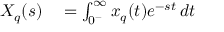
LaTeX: \begin{array} { r l } { X _ { q } ( s ) } & { { } = \int _ { 0 ^ { - } } ^ { \infty } x _ { q } ( t ) e ^ { - s t } \, d t } \end{array}